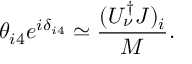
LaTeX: \theta _ { i 4 } e ^ { i \delta _ { i 4 } } \simeq \frac { ( U _ { \nu } ^ { \dagger } J ) _ { i } } { M } .